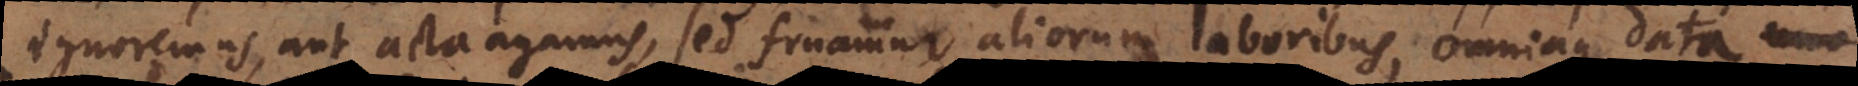
ignoremus, aut acta agamus, sed fruamur aliorum laboribus, omniaque data